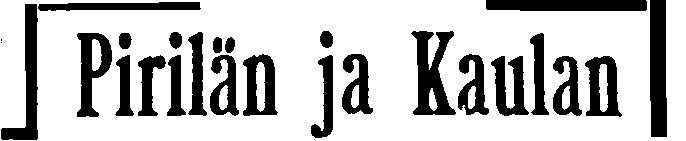
# Pirilän ja Kaulan #